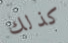
كذلك